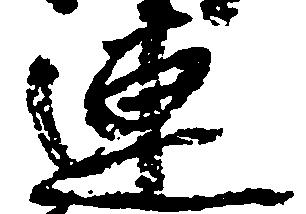
連